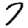
Digit: 7